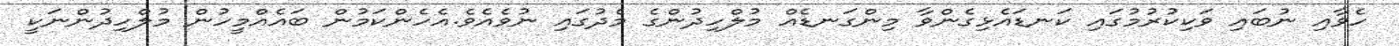
ހެވާއި ނުބައި ވަކިކުރުމުގައި ކަނޑައެޅިގެންވާ މިންގަނޑެއް މުލްހިދުންގެ މެދުގައި ނުވެއެވެ.އެހެންކަމުން ބައެއްމީހުން މުލްހިދުންނަކީ